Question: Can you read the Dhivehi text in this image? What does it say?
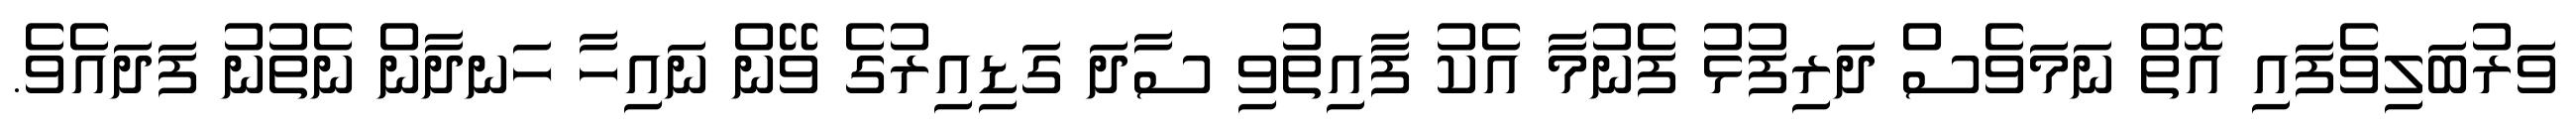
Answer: ވަރުބަލިވެފައި އޮތް ނަމަވެސް ދަރިފުޅު ފެނުމާ އެކު ފާއިތުވި ސާދަ ގަޑިއިރުގެ ވޭން ނައިހާ ހަނދާން ނެތުނު ފަދައެވެ.